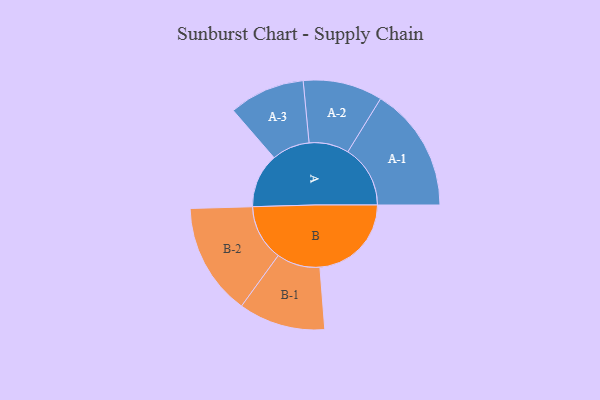
{"axis": {"x": "Segment", "y": "Value"}, "legend": ["", "A", "B"], "data": [{"x": "A", "y": 239, "type": ""}, {"x": "B", "y": 403, "type": ""}, {"x": "A-1", "y": 275, "type": "A"}, {"x": "A-2", "y": 175, "type": "A"}, {"x": "A-3", "y": 167, "type": "A"}, {"x": "B-1", "y": 191, "type": "B"}, {"x": "B-2", "y": 247, "type": "B"}]}